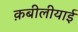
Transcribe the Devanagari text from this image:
क़बीलीयाई